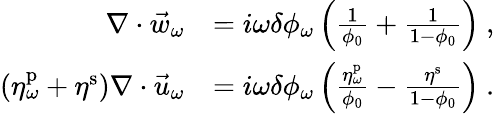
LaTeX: \begin{array}{rl}{\nabla\cdot\vec{w}_{\omega}}&{=i\omega\delta\phi_{\omega}\left(\frac{1}{\phi_{0}}+\frac{1}{1-\phi_{0}}\right)\ ,}\\ {\left(\eta_{\omega}^{\mathrm{p}}+\eta^{\mathrm{s}}\right)\nabla\cdot\vec{u}_{\omega}}&{=i\omega\delta\phi_{\omega}\left(\frac{\eta_{\omega}^{\mathrm{p}}}{\phi_{0}}-\frac{\eta^{\mathrm{s}}}{1-\phi_{0}}\right)\ .}\end{array}